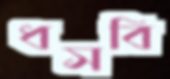
ধসবি